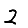
Digit: 2